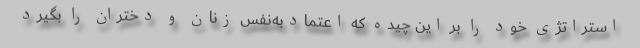
استراتژی‌ خود را بر این چیده که اعتمادبه‌نفس زنان و دختران را بگیرد